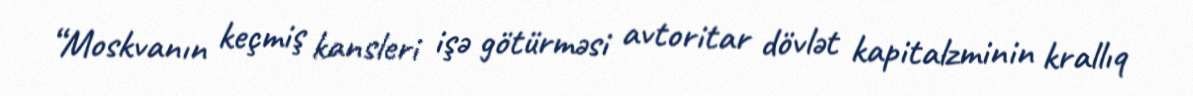
“Moskvanın keçmiş kansleri işə götürməsi avtoritar dövlət kapitalzminin krallıq